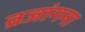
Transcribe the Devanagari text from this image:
व्रजांगना